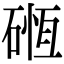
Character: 𥔂